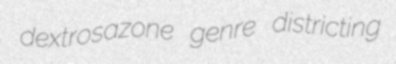
dextrosazone genre districting